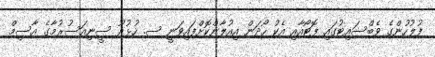
ފުލުހުންގެ ވެބްސައިޓުގައި ފޮޓޯއާއި އެކު ހޯދަން އިއުލާންކޮށްފައިވަނީ ސ. ހުޅުދޫ ސީނިއަސުރުމާގެ އާސިމް